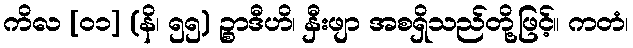
ကိလ [၀၁] (နိ၊ ၅၅) ဉ္စာဒီဟိ၊ နှီးဖျာ အစရှိသည်တို့ဖြင့်။ ကတံ၊